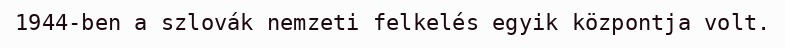
1944-ben a szlovák nemzeti felkelés egyik központja volt.